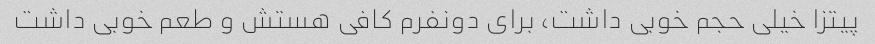
پیتزا خیلی حجم خوبی داشت، برای دونفرم کافی هستش و طعم خوبی داشت